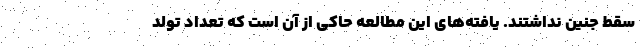
سقط جنین نداشتند. یافته‌های این مطالعه حاکی از آن است که تعداد تولد